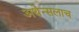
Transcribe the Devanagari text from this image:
अथेन्सलाच